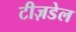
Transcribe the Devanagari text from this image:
टीज़डेल